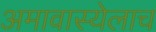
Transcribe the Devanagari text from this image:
अमावास्येलाच